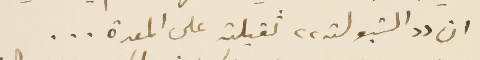
ان "التبولة" ثقيلة على المعدة ...